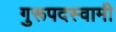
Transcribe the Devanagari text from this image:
गुरूपदस्वामी